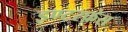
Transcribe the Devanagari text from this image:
इण्टरफ़ेस